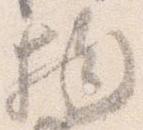
物